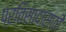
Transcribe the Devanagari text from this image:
प्रतिसादासाठी